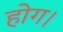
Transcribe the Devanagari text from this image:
होग।